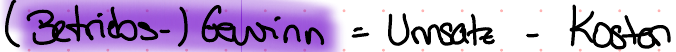
(Betriebs-)Gewinn = Umsatz - Kosten